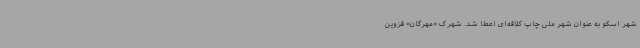
شهر اسکو به عنوان شهر ملی چاپ کلاقه‌ای اعطا شد. شهرک «مهرگان» قزوین